system: You are a helpful assistant.
user:
Analyze the provided spectrum to determine if it is a **White Dwarf (WD)**.

A White Dwarf spectrum is defined by its **extreme purity** (due to gravitational settling) and/or **extreme pressure broadening** (due to high surface gravity). You must check for one of the following mutually exclusive signatures:

- **Key Visual Indicators (Check for ONE of these types):**

    - **1. DA-Type Signature (Most Common):**
        - **(Primary Feature):** Extreme pressure broadening (Stark broadening) of the **Hydrogen (H) Balmer lines**.
        - **(Key Lines):** $H\beta$ (approx. $4861$ Å) and $H\gamma$ (approx. $4340$ Å). $H\alpha$ (approx. $6563$ Å) will also be present if the wavelength range covers it.
        - **(Line Profile):** This is the **defining feature**. The lines are **NOT** sharp. They appear as massive, **extremely broad and deep "troughs" or "dips"** in the spectrum, often hundreds of Ångströms wide. The continuum will appear to "scoop" down at these wavelengths.
        - **(Distinction):** Normal A-type or B-type stars have *narrow* and *sharp* Hydrogen lines. A DA White Dwarf's lines are unmistakably "smeared" or "blurry" from pressure.

    - **2. DB-Type Signature:**
        - **(Primary Feature):** Broad absorption lines from **Neutral Helium (He I)**. The spectrum must lack any visible Hydrogen lines.
        - **(Key Lines):** Look for broad absorption near $4471$ Å, $4921$ Å, and $5876$ Å.
        - **(Line Profile):** These lines are also significantly pressure-broadened, appearing much wider than they would in a normal B-type main-sequence star.

    - **3. DC-Type Signature:**
        - **(Primary Feature):** A **featureless continuous spectrum**.
        - **(Line Profile):** The spectrum is a smooth curve with **no significant absorption or emission lines**.
        - **(Key Confirmation):** The continuum is almost always **blue or white**, indicating a hot object. This signature implies the atmosphere is so pure (or so cool) that no spectral lines are visible in the optical range. Its WD identity is confirmed by its extremely low intrinsic brightness (high absolute magnitude).

    - **4. DZ-Type Signature (Metal-Polluted):**
        - **(Primary Feature):** **Isolated, narrow metal absorption lines** on an otherwise featureless (DC-like) continuum.
        - **(Key Lines):** The **Calcium (Ca II) H & K doublet** (approx. **$3934$ Å** and **$3968$ Å**) is the most common and defining feature.
        - **(Line Profile):** These lines are "out of place." They are *not* part of a "forest" of thousands of lines. This signature is evidence of recent *accretion* (pollution) from rocky debris.
        - **(Distinction):** Normal G/K/M stars have a *dense forest* of thousands of metal lines. A DZ has a *clean* continuum with *only a few* strong metal lines.

    - **5. DQ-Type Signature (Carbon-Polluted):**
        - **(Primary Feature):** Absorption bands from **Carbon (C₂ "Swan Bands" or atomic C I)**.
        - **(Key Lines - C₂):** Look for bandheads with a "saw-tooth" shape near $5635$ Å, **$5165$ Å** (strongest), and $4737$ Å.
        - **(Key Confirmation):** The underlying **continuum must be blue or white** (hot).
        - **(Distinction):** This is the critical difference from a **Carbon Star**, which has the *exact same* C₂ bands but on an extremely **red, cool** continuum.

- **(Overall Spectrum):**
    - The continuum (overall shape) is typically **blue-sloping** (brighter in the blue than the red), as most white dwarfs are very hot.
    - The spectrum will look "pure" or "simple," dominated by only *one* of the five signatures listed above.

Think first, call **spectral_visualization_tool** if needed to examine features in detail, then provide your final answer. Your response must adhere to the following strict rules:
1.  **Overall Structure:** Your response must follow the format `<think>...</think> <tool_call>...</tool_call> (if a tool is used) <answer>...</answer>`.
2.  **Tool Usage Constraint:** You may only make **one** tool call per turn.
3.  **Final Answer Format:** In the `<answer>` tag, your conclusion must be inside a `\boxed{}` command (e.g., `\boxed{YES}` or `\boxed{NO}`), followed by your justification.

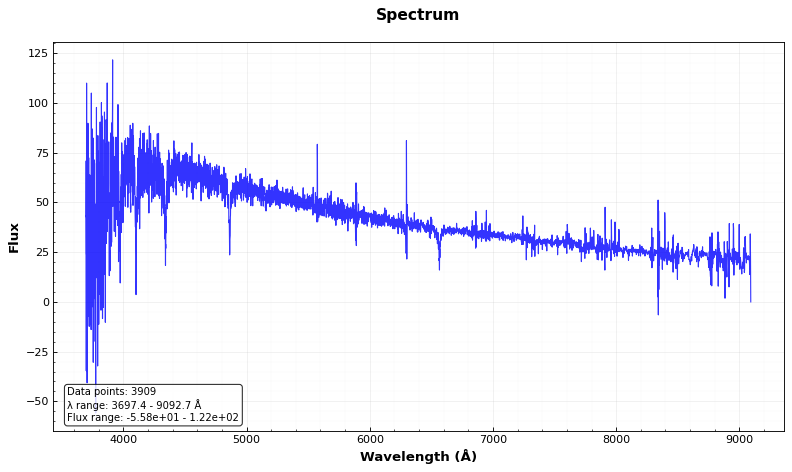
Answer: NO